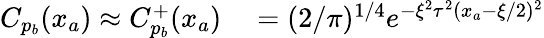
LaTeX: \begin{array}{rl}{C_{p_{b}}(x_{a})\approx C_{p_{b}}^{+}(x_{a})}&{{}=(2/\pi)^{1/4}e^{-\xi^{2}\tau^{2}(x_{a}-\xi/2)^{2}}}\end{array}